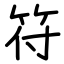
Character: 符